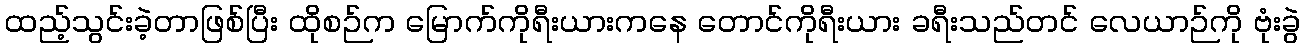
ထည့်သွင်းခဲ့တာဖြစ်ပြီး ထိုစဉ်က မြောက်ကိုရီးယားကနေ တောင်ကိုရီးယား ခရီးသည်တင် လေယာဉ်ကို ဗုံးခွဲ